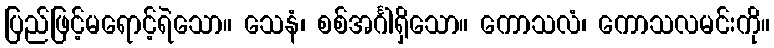
ပြည်ဖြင့်မရောင့်ရဲသော။ သေနံ၊ စစ်အင်္ဂါရှိသော။ ကောသလံ၊ ကောသလမင်းကို။